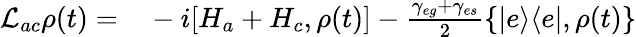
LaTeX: \begin{array}{rl}{\mathcal{L}_{ac}\rho(t)=}&{{}-i[H_{a}+H_{c},\rho(t)]-\frac{\gamma_{eg}+\gamma_{es}}{2}\{ |e\rangle\langle e|,\rho(t)\} }\end{array}